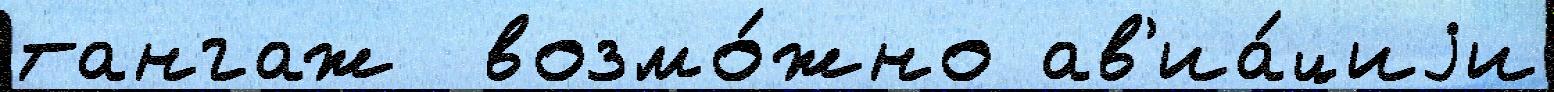
тангаж  возмо́жно ав'иа́циjи